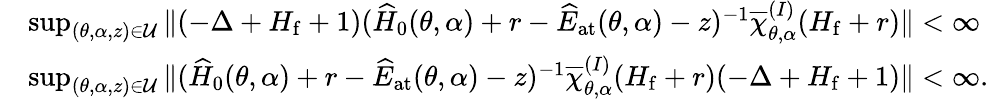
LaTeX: \begin{array}{rl}&{\operatorname*{sup}_{(\theta,\alpha,z)\in\mathcal{U}}\| (-\Delta+H_{\mathrm{f}}+1)(\widehat{H}_{0}(\theta,\alpha)+r-\widehat{E}_{\mathrm{at}}(\theta,\alpha)-z)^{-1}\overline{{\chi}}_{\theta,\alpha}^{(I)}(H_{\mathrm{f}}+r)\| <\infty}\\ &{\operatorname*{sup}_{(\theta,\alpha,z)\in\mathcal{U}}\| (\widehat{H}_{0}(\theta,\alpha)+r-\widehat{E}_{\mathrm{at}}(\theta,\alpha)-z)^{-1}\overline{{\chi}}_{\theta,\alpha}^{(I)}(H_{\mathrm{f}}+r)(-\Delta+H_{\mathrm{f}}+1)\| <\infty.}\end{array}